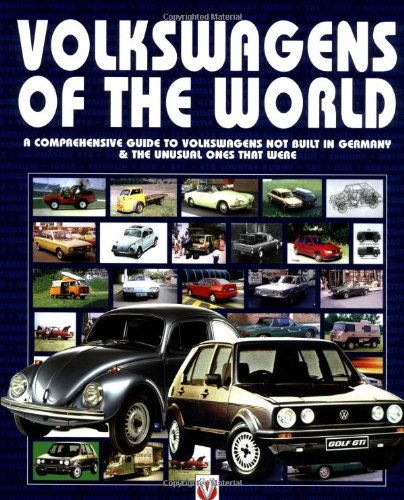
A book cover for Volkswagens of the World: A Comprehensive Guide to Volkswagens Not Build in Germany-& the Unusual Ones That Were; Simon Glen; Engineering & Transportation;